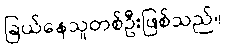
ခြယ်နေသူတစ်ဦးဖြစ်သည်။